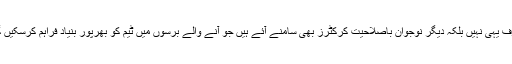
صرف یہی نہیں بلکہ دیگر نوجوان باصلاحیت کرکٹرز بھی سامنے آئے ہیں جو آنے والے برسوں میں ٹیم کو بھرپور بنیاد فراہم کرسکیں گے۔